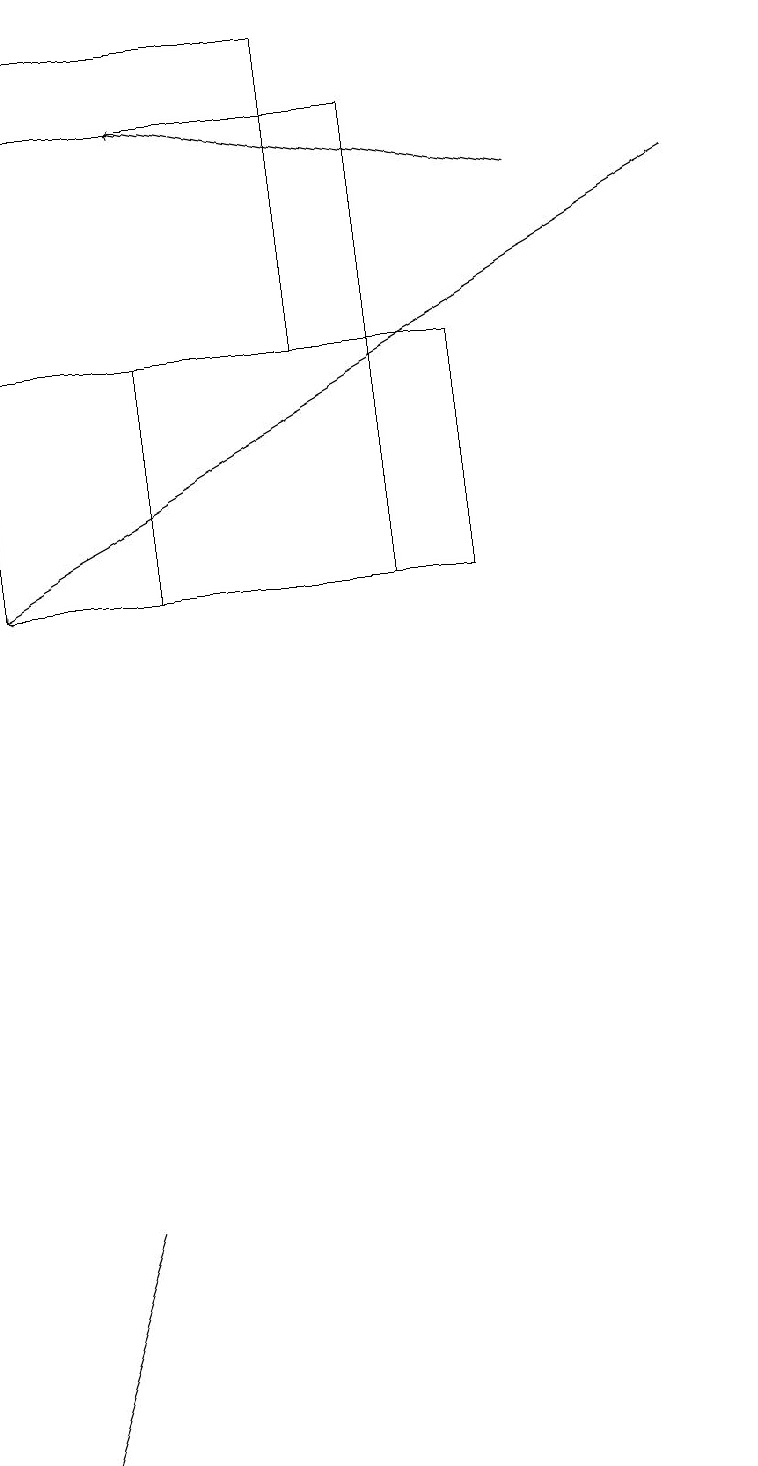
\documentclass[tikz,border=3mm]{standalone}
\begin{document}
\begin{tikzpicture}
\draw (5,18) rectangle (0,12);
\draw[->] (7,17) -- (2,18);
\draw[->] (9,17) -- (0,12);
\draw (4,15) rectangle (0,19);
\draw (2,15) rectangle (6,12);
\draw (0,1) -- (1,4) -- (0,1) -- cycle;
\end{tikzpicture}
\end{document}